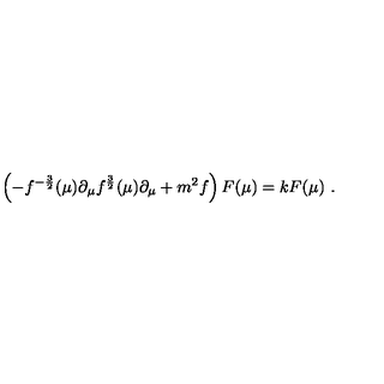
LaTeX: \left( - f ^ { - { \frac { 3 } { 2 } } } ( \mu ) \partial _ { \mu } f ^ { { \frac { 3 } { 2 } } } ( \mu ) \partial _ { \mu } + m ^ { 2 } f \right) F ( \mu ) = k F ( \mu ) \ .